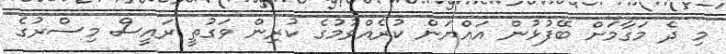
މި ދެ މަގާމަށް ބޭފުޅުން އައްޔަން ކުރެއްވުމުގެ ކުރިން ވަގުތީ ރައީސް މިސްރުގެ